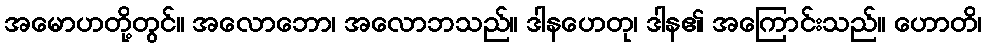
အမောဟတို့တွင်။ အလောဘော၊ အလောဘသည်။ ဒါနဟေတု၊ ဒါန၏ အကြောင်းသည်။ ဟောတိ၊